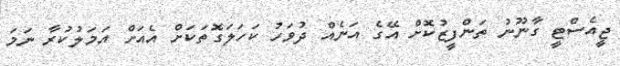
ޖީއެސްޓީ ގާނޫނު ތަންފީޒުކޮށް އޭގެ އަނެއް ދުވަހު ކަހަލަގޮތަކަށް އެއަށް އަމަލުކުރާ ނަމަ